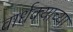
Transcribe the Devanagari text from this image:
वार्धक्याच्या